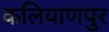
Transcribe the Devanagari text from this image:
कलियाणपुर